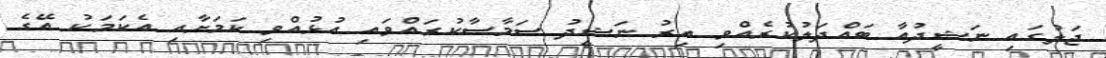
ޖަލުގައި ނަޝީދުއާ ބައްދަލުކުރެއްވި އިރު ނަޝީދު ސަމާސާކުރައްވައި އުޅުއްވި ކަމަށާއި އެކަމަކު އޭގެ